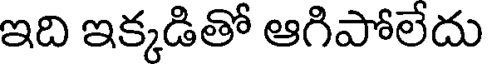
ఇది ఇక్కడితో ఆగిపోలేదు